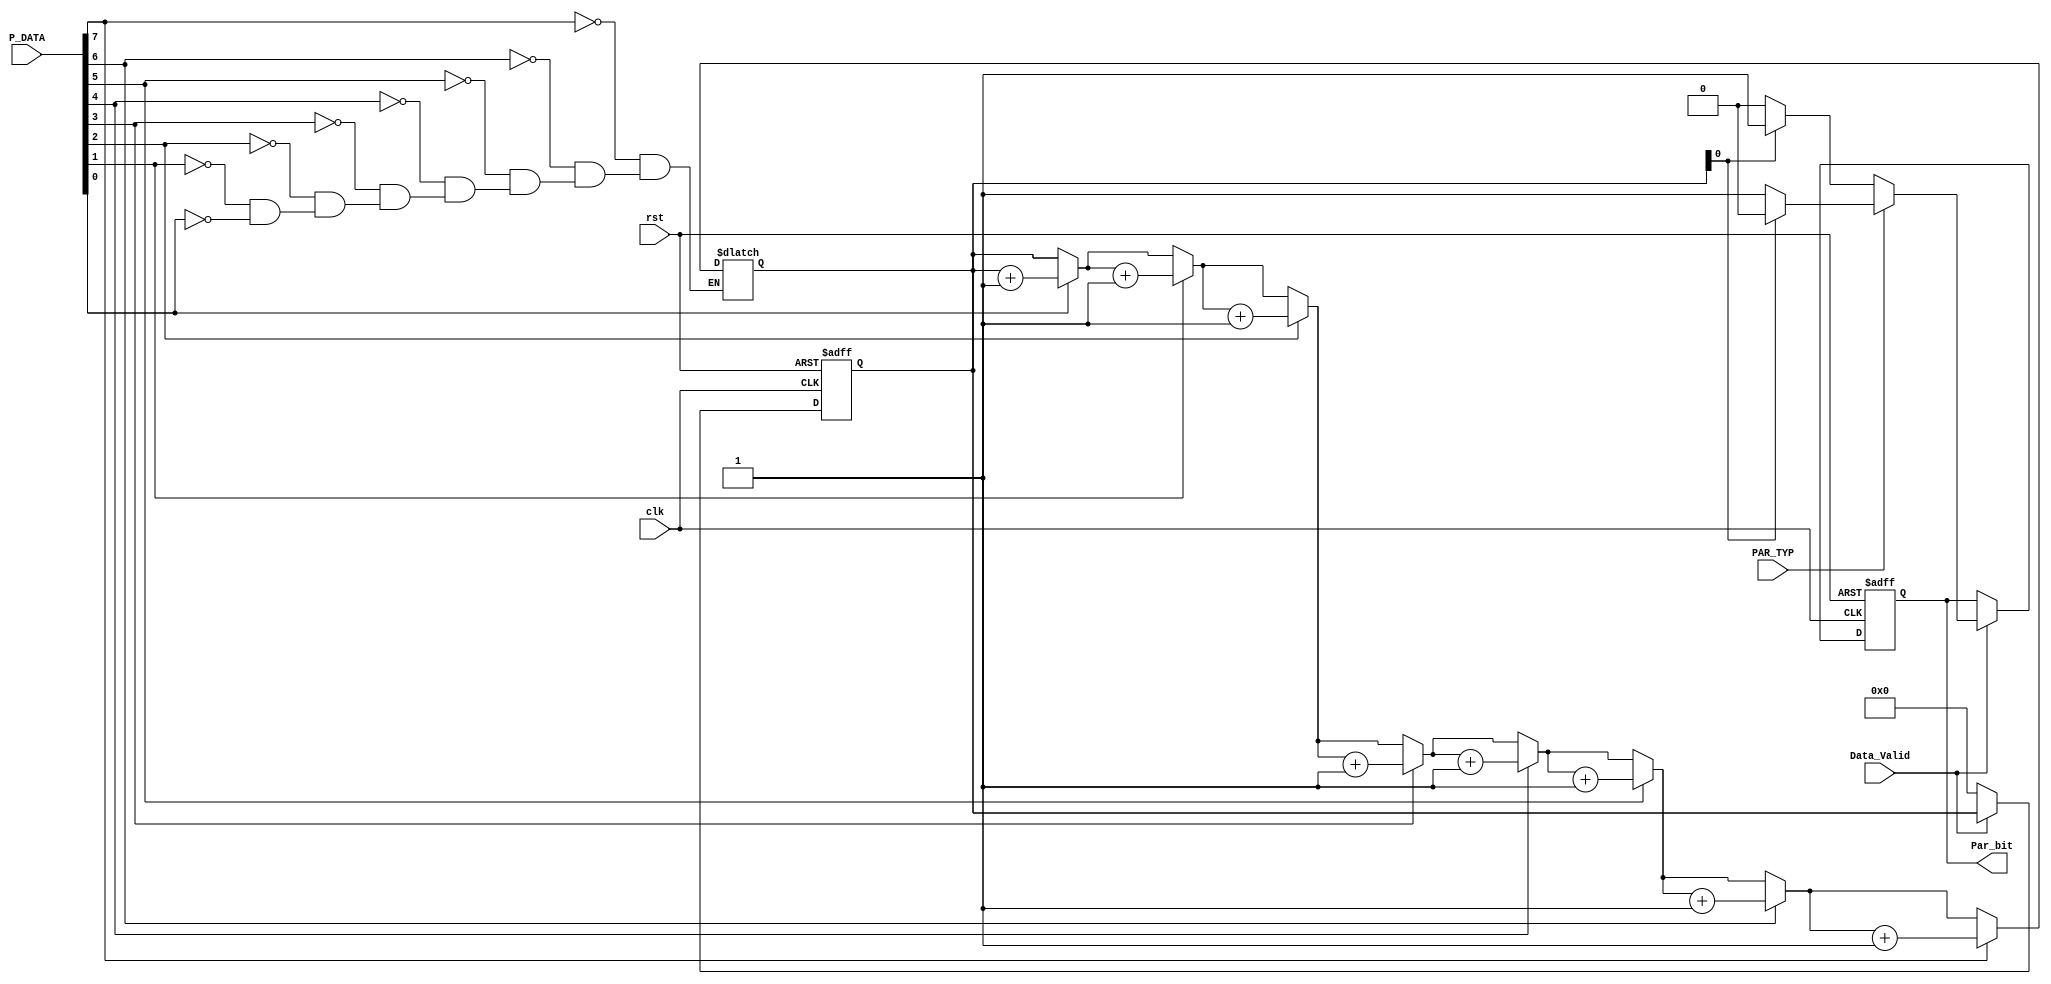
module Parity_Calc(
input       clk,
input       rst,  
input [7:0] P_DATA,
input       Data_Valid,
input       PAR_TYP,
output reg  Par_bit
);
integer n;
reg [3:0] counter;
reg       par_bit;

always  @(posedge clk or negedge rst)
begin
  if(!rst)
    begin
      Par_bit <=1'b0;
      counter <=4'b0;
    end
  else if(Data_Valid)
    Par_bit <=par_bit;
  else
    counter <=4'b0;
end

always @(*)
begin
 
  for(n=0;n<8;n=n+1)
  begin
    if(P_DATA[n])
      counter=counter+1;
    else
      counter=counter;
  end
end

always @(*)
begin
  if(PAR_TYP)
    begin
       if(counter[0]==1)
        par_bit=1'b0;
       else
        par_bit=1'b1;
    end
  else
    begin
       if(counter[0]==1)
        par_bit=1'b1;
       else
        par_bit=1'b0;
    end
end

endmodule